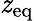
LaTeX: \mathit{z}_{\mathrm{{eq}}}